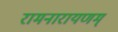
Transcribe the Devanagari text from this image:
रामनारायणम्